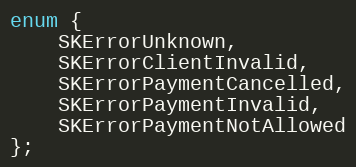
Language: C
enum {
    SKErrorUnknown,
    SKErrorClientInvalid,
    SKErrorPaymentCancelled,
    SKErrorPaymentInvalid,
    SKErrorPaymentNotAllowed
};